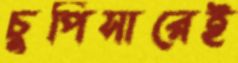
চুপিসারেই